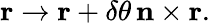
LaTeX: \mathbf{r}\rightarrow\mathbf{r}+\delta\theta\, \mathbf{n}\times\mathbf{r}.